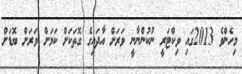
މިހެންވެ 2013ގައި ވިކްޓަރީ ނުކުންނާނީ ވަރަށް އާދައިގެ ގޮތަކަށް ކަމަށް ވަރަށް ބޮޑަށް